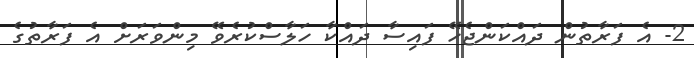
2- އެ ފަރާތުން ދައްކަންޖެހޭ ފައިސާ ދައްކާ ހަލާސްކުރެވޭ މިންވަރަށް އެ ފަރާތުގެ